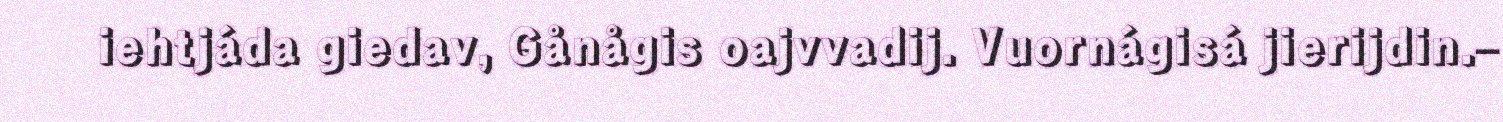
iehtjáda giedav, Gånågis oajvvadij. Vuornágisá jierijdin.–